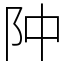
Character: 䦿